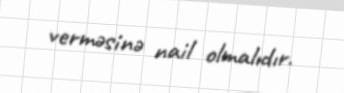
verməsinə nail olmalıdır.